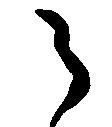
之